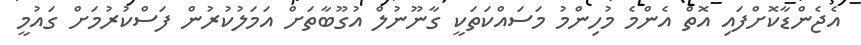
އެޖެންޑާކޮށްފައި އޮތް އެންމެ މުހިންމު މަސައްކަތަކީ ގާނޫނުލް އުގޫބާތަށް އަމަލުކުރުން ފަސްކުރުމަށް ގައުމީ